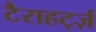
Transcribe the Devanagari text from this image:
टैराहर्ट्ज़